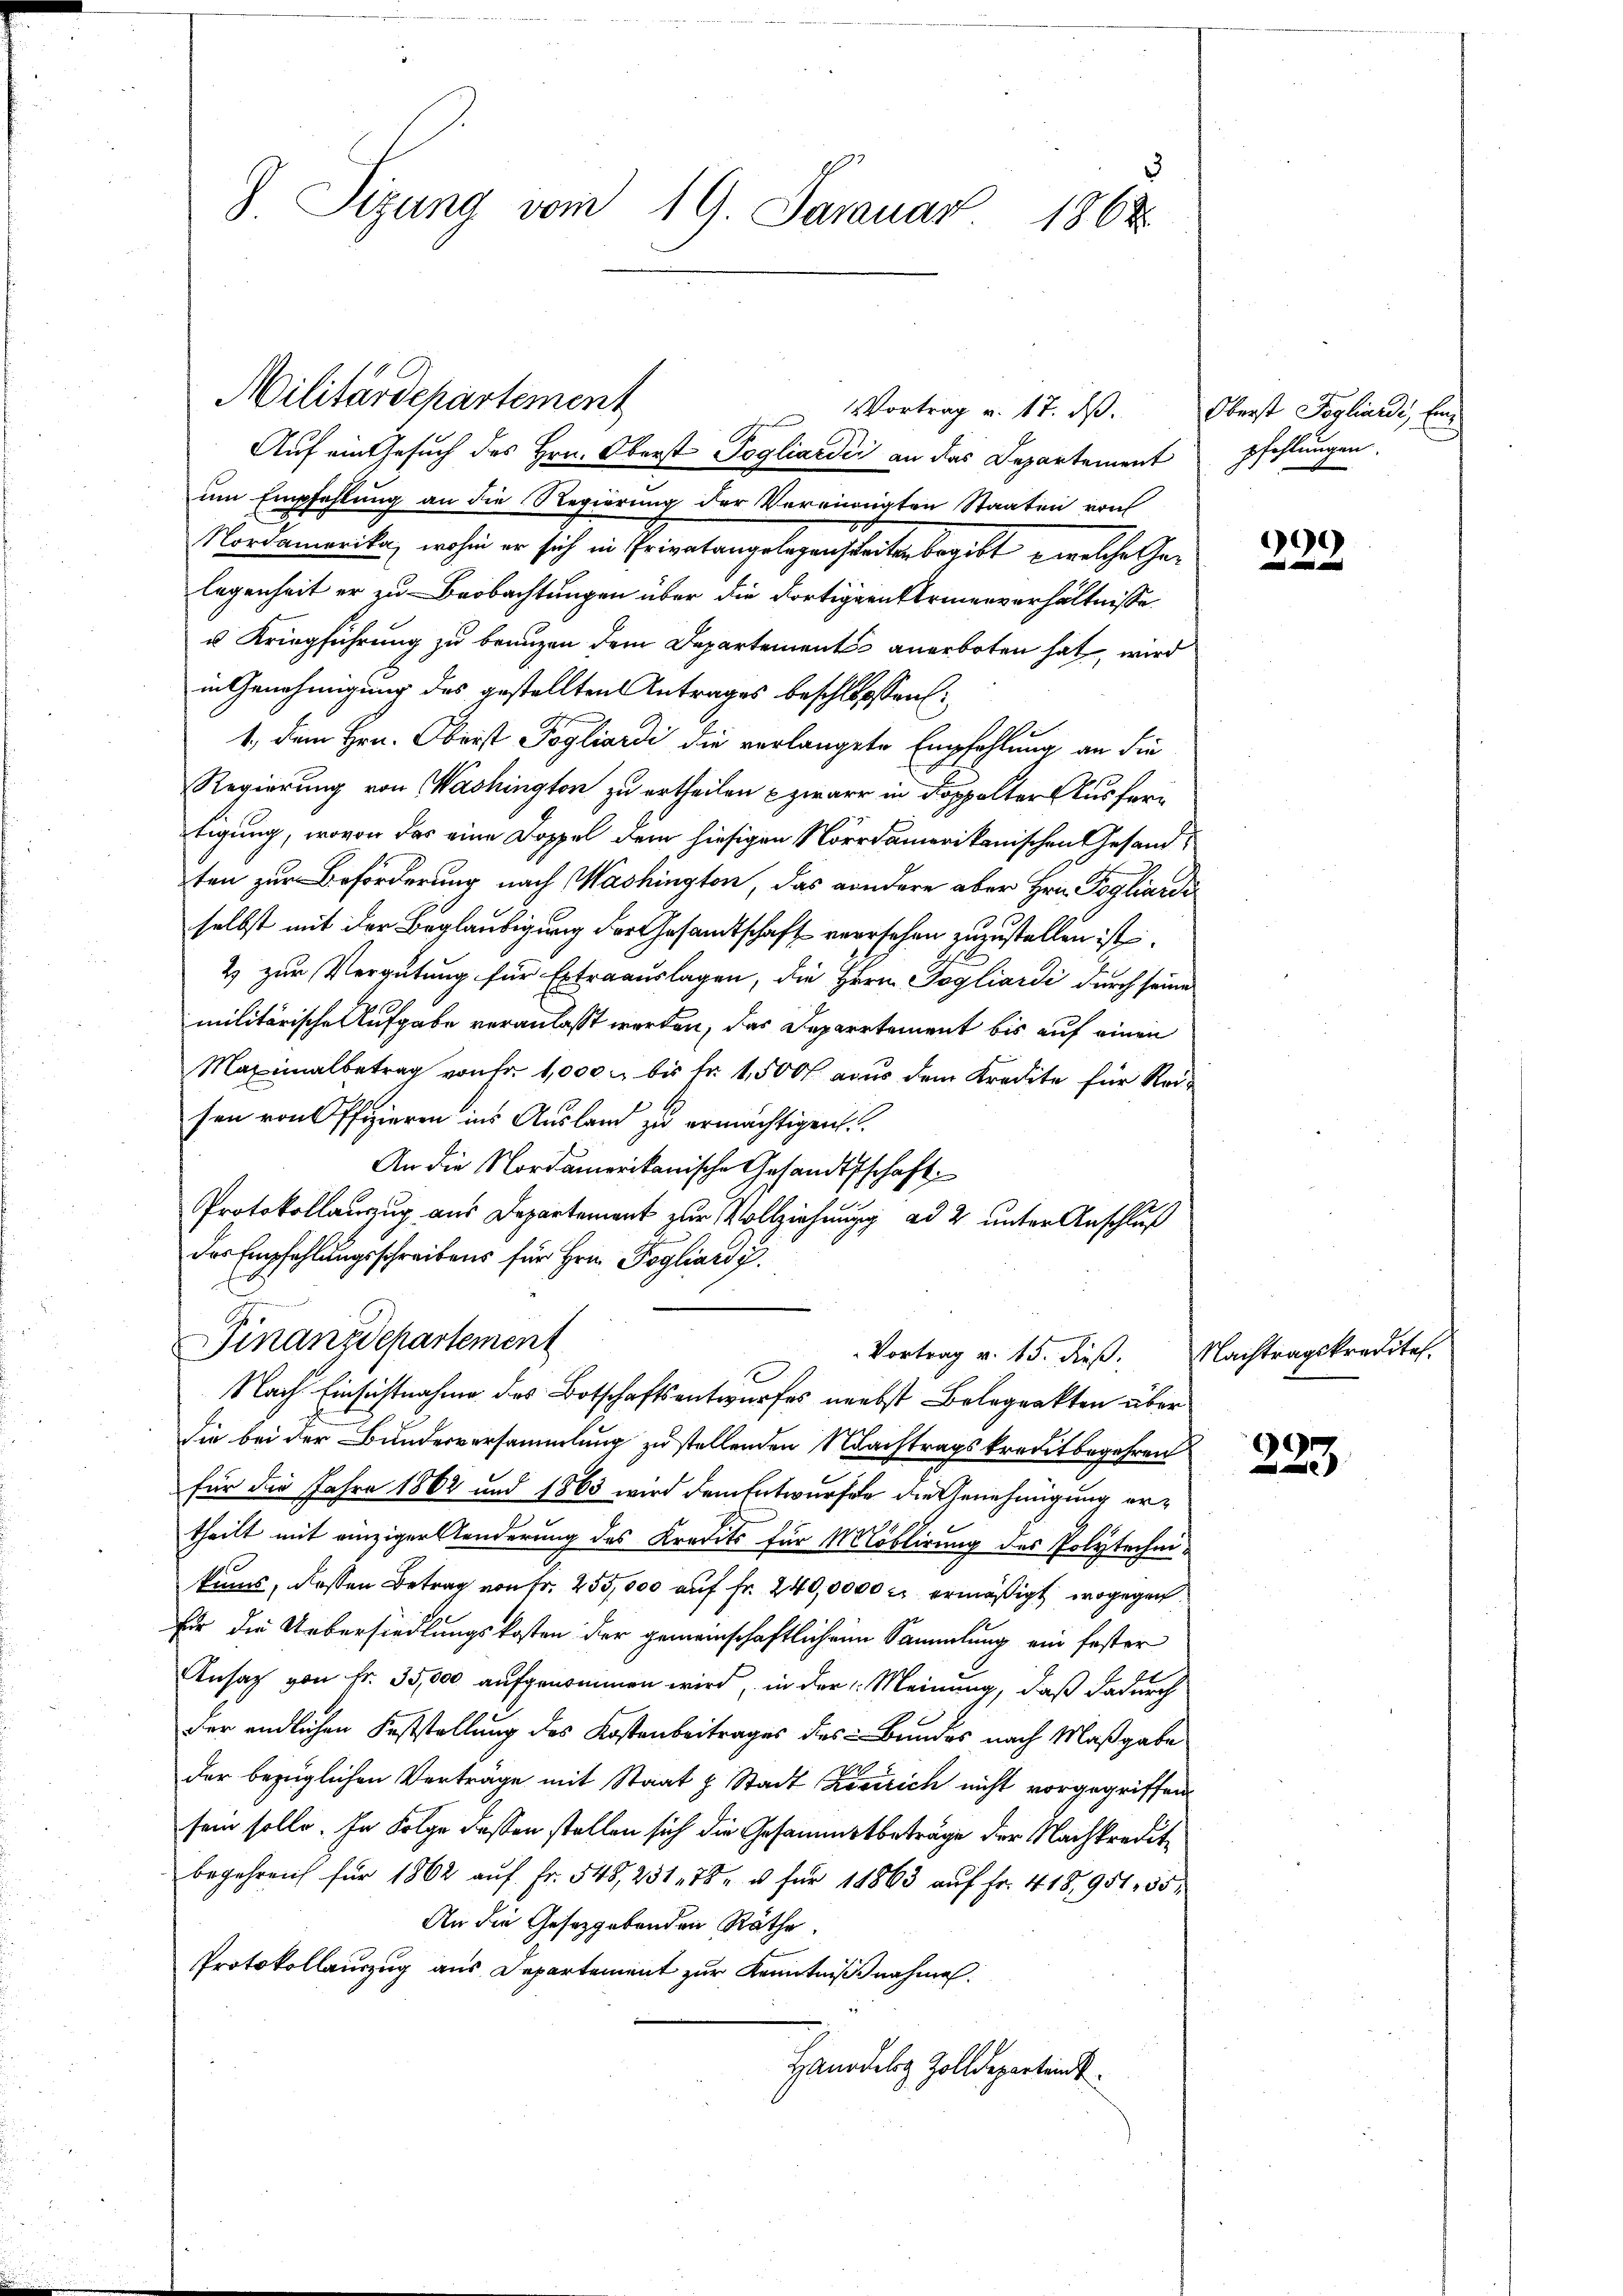
Sizung vom 19. Januar 1868.

Auf ein Gesuch des Hrn. Oberst Pogliardii an das Departement pfehlungen
um Empfehlung an die Regierung der Vereinigten Staaten von
Mandamerika, wohin er sich in Privatangelegenstreiterbergibt, welche Gelegenheit er zu Beobachtungen über die Fortigen Vermenverhältnisse
u Kriegführung zu branzen dem Departements anerboten hat, wird
in Genehmigung des gestellten Antrages beschlosssen:
1., dem Hrn. Oberst Pogliardi die verlangete Empfehlung an die
Regierung von Washington zu ertheilen zwar in doppelter Ausfertigung, wovon das eine Doppel dem hiesigen Nordamerikanischen Gesandten zur Beförderung nach Washington, das sondere aber Hrn. Pogliardi
selbst mit der Beglaubigung der Gesandtschaft versehen zuzustellen ist.
2 zur Vergütung für Extraauslagen, die Herrn Gogliardi durch seine
militärische Aufgabe veranlasst werden, das Departement bis auf einen
Maximalbetrag von fr. 1,000. bis fr. 1,500 aus dem Kredite für Reisen von Pfizieren ins Ausland zu ermächtigen.
An die Nordamerikanische Gesandtschaft
Protokollauszug aus Departement zur Vollziehung ad 2. unter Anschluß
das Empfehlungsschreibens für Hrn. Pogliardi.
Finanzdepartement
Vortrag v. 15. dieß.
Nach Einsichtnahme des Botschaftsentwurfes nebst Belegenkten über
Sie bei der Bundesversammlung zu stellenden Nachtragskreditbegehren
für die Jahre 1862 und 1863 wird dem Entwurfe die Genehmigung ertheilt mit einziger Aenderung des Kredits für Moblirung des Polytechnikums, dessen Betrag von Fr. 255,000 auf Fr. 240,0000 r. ermäßigt, wogegen
für die Uebersiedlungskosten der gemeinschaftlichen Sammlung ein fester
Ansag von Fr. 35,000 aufgenommen wird, in der Meinung, daß dadurch
der endlichen Feststellung des Kostenbeitrages des Bundes nach Maßgabe
der bezüglichen Verträge mit Staat & Stadt Zerrich nicht vorgegriffen
sein solle. In Folge dessen stellen sich die Gesammtbeträge der Nachkredit
begehren für 1862 aŭf Fr. 545, 231. 78. u für 11863 aŭf Fr. 418,951. 55
An die Gesetzgebenden Räthe.
Protokollauszug aus Departement zur Kenntnißnahmen.
Handels Zolldepartend

Militärdepartement

Vortrag v. 17. ds. Oberst Pogliardi, Ein

90

Nachtragskreditel.

223